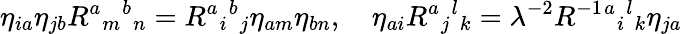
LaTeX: \eta_{ia}\eta_{jb}R^{a}{}_{m}{}^{b}{}_{n}=R^{a}{}_{i}{}^{b}{}_{j}\eta_{am}\eta_{bn},\quad\eta_{ai}R^{a}{}_{j}{}^{l}{}_{k}=\lambda^{-2}R^{-1}{}^{a}{}_{i}{}^{l}{}_{k}\eta_{ja}